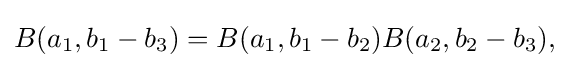
\displaystyle {B(a_{1},b_{1}-b_{3})=B(a_{1},b_{1}-b_{2})B(a_{2},b_{2}-b_{3}),}